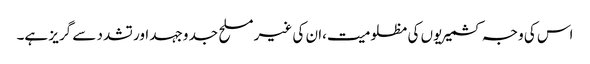
اس کی وجہ کشمیریوں کی مظلومیت،ان کی غیر مسلح جد وجہد اور تشدد سے گریز ہے۔